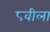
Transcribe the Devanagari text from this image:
८वीला